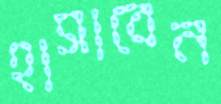
হাসাবেন